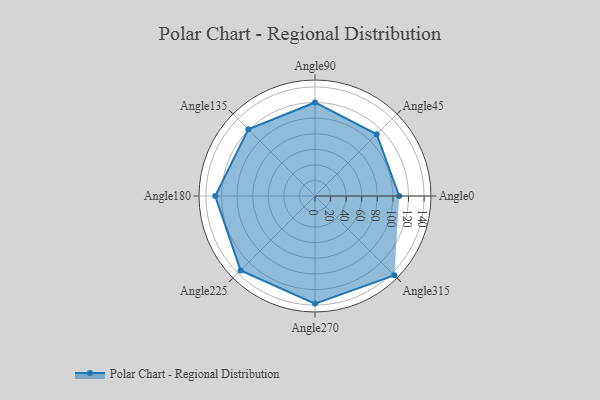
{"axis": {"x": "Angle", "y": "Radius"}, "legend": [""], "data": [{"x": "Angle0", "y": 108.0, "type": ""}, {"x": "Angle45", "y": 112.0, "type": ""}, {"x": "Angle90", "y": 120.0, "type": ""}, {"x": "Angle135", "y": 121.0, "type": ""}, {"x": "Angle180", "y": 128.0, "type": ""}, {"x": "Angle225", "y": 135.0, "type": ""}, {"x": "Angle270", "y": 138.0, "type": ""}, {"x": "Angle315", "y": 144.0, "type": ""}]}